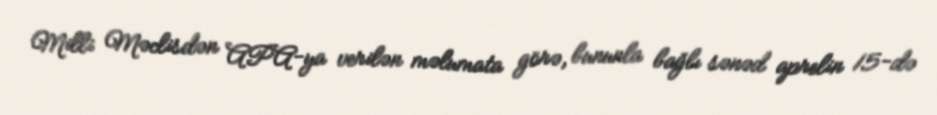
Milli Məclisdən APA-ya verilən məlumata görə, bununla bağlı sənəd aprelin 15-də